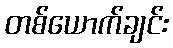
တစ်ယောက်ချင်း